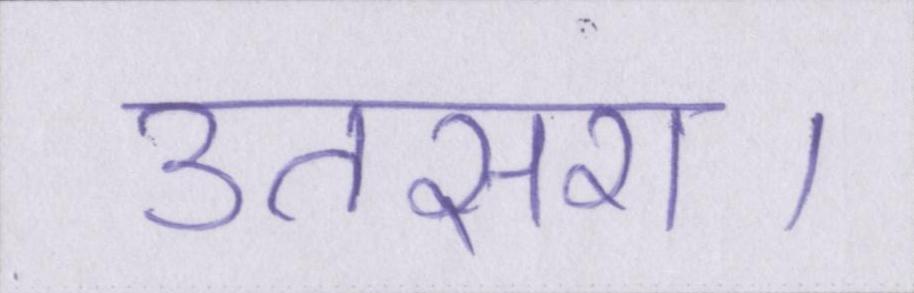
उतसरा।